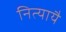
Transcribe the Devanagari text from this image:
नित्यायै